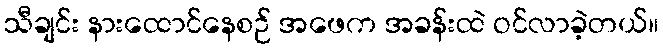
သီချင်း နားထောင်နေစဉ် အဖေက အခန်းထဲ ဝင်လာခဲ့တယ်။